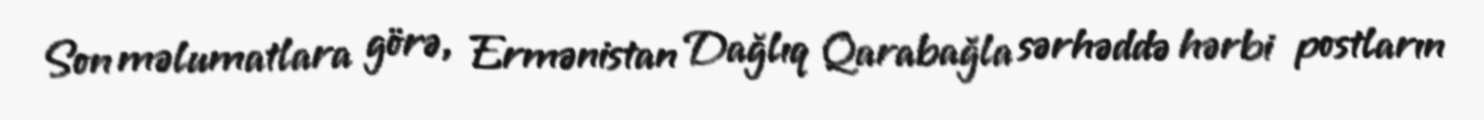
Son məlumatlara görə, Ermənistan Dağlıq Qarabağla sərhəddə hərbi postların